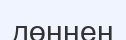
дөңнен